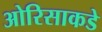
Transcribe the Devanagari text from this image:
ओरिसाकडे